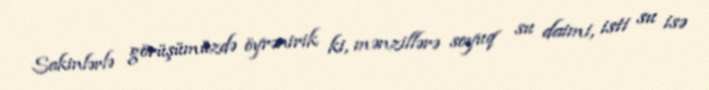
Sakinlərlə görüşümüzdə öyrənirik ki, mənzillərə soyuq su daimi, isti su isə